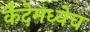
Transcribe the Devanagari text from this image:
कैदेमध्येच